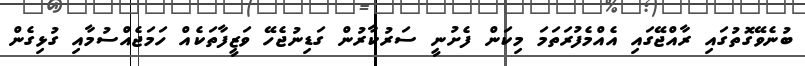
ބުނެވޭގޮތުގައި ރާއްޖޭގައި އެއްމެފުރަތަމަ މިކަން ފެށުނީ ސަރުކާރުން ގަޑިނުޖެހޭ ވަޒީފާތަކެއް ހަމަޖެއްސުމާއި ގުޅިގެން